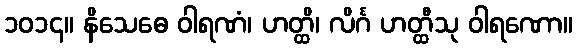
၁၀၁၄။ နိသေဓေ ဝါရဏံ၊ ဟတ္ထိ၊ လိင်္ဂ ဟတ္ထီသု ဝါရဏော။